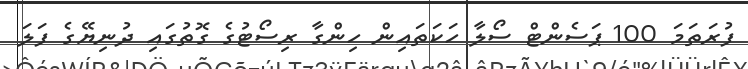
ފުރަތަމަ 100 ޕަސެންޓް ސޯލާ ހަކަތައިން ހިންގާ ރިސޯޓުގެ ގޮތުގައި ދުނިޔޭގެ ފަލަ